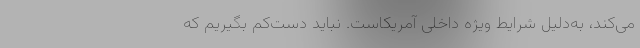
می‌کند، به‌دلیل شرایط ویژه داخلی آمریکاست. نباید دست‌کم بگیریم که